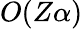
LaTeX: O(Z\alpha)